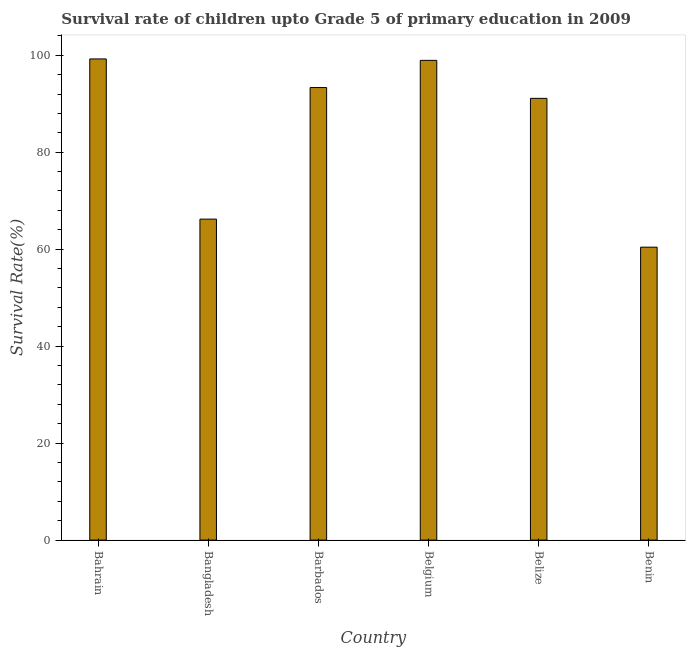
| Country | Survival rate |
 | --- | --- |
 | Bahrain | 99.2 |
 | Bangladesh | 66.2 |
 | Barbados | 93.3 |
 | Belgium | 98.9 |
 | Belize | 91.1 |
 | Benin | 60.4 |